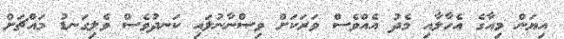
އިޔަން މިއާގެ އެހާލާއި މެދު އެއްވެސް ވަރަކަށް ވިސްނާނުލައި ކަނދުވެސް ވެލިގަނޑު މައްޗަށް